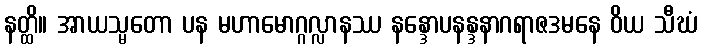
နတ္ထိ။ အာယသ္မတော ပန မဟာမောဂ္ဂလ္လာနဿ နန္ဒောပနန္ဒနာဂရာဇဒမနေ ဝိယ သီဃံ